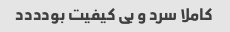
کاملا سرد و بی کیفیت بودددد